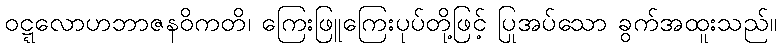
ဝဋ္ဋလောဟဘာဇနဝိကတိ၊ ကြေးဖြူကြေးပုပ်တို့ဖြင့် ပြုအပ်သော ခွက်အထူးသည်။